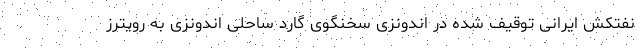
نفتکش ایرانی توقیف شده در اندونزی سخنگوی گارد ساحلی اندونزی به رویترز